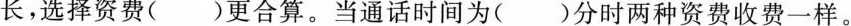
长，选择资费()更合算。当通话时间为()分时两种资费收费一样。